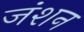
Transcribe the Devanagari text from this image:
जंशन